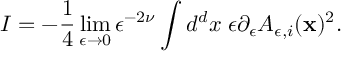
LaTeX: I = - { \frac { 1 } { 4 } } \operatorname * { l i m } _ { \epsilon \to 0 } \epsilon ^ { - 2 \nu } \int d ^ { d } x \; \epsilon \partial _ { \epsilon } A _ { \epsilon , i } ( { \bf x } ) ^ { 2 } .